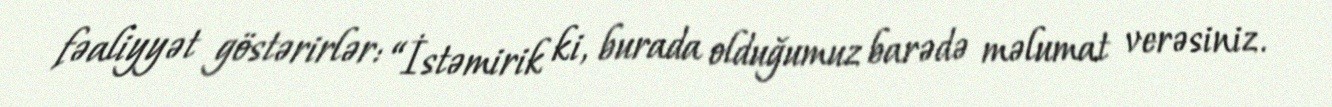
fəaliyyət göstərirlər: “İstəmirik ki, burada olduğumuz barədə məlumat verəsiniz.